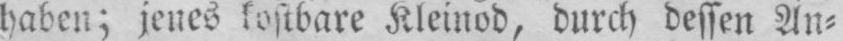
haben; jenes kostbare Kleinod, durch dessen An⸗